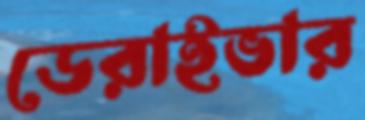
ডেরাইভার